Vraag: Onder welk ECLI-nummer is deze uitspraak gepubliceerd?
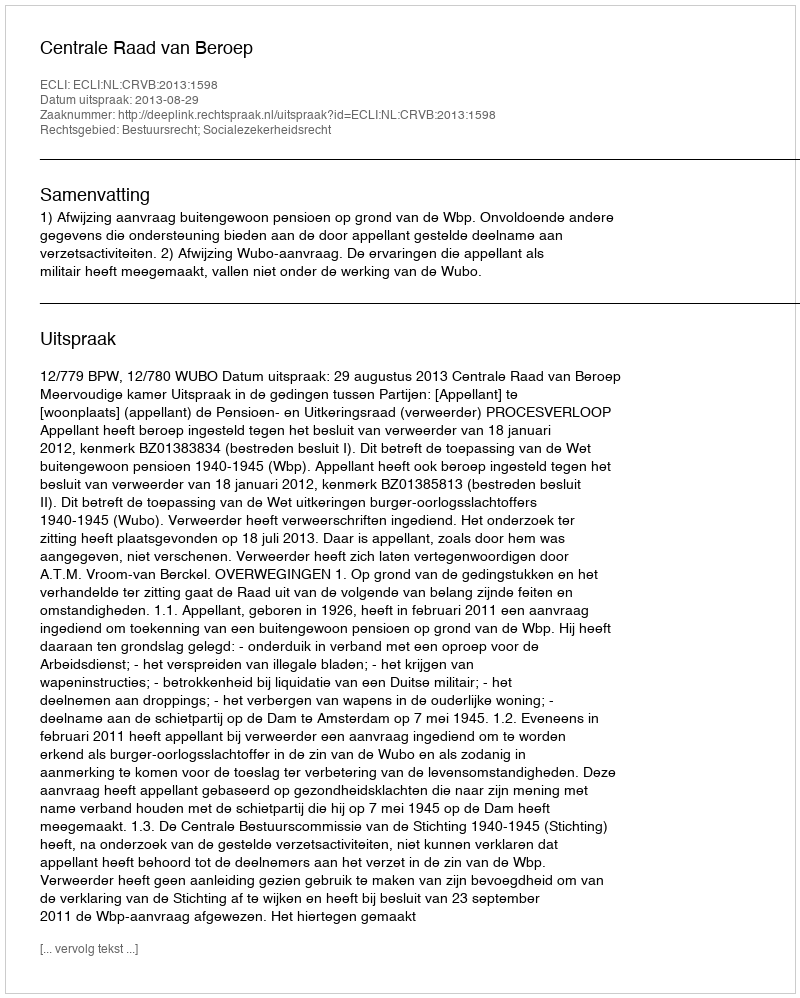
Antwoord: ECLI:NL:CRVB:2013:1598